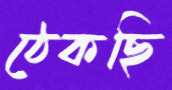
ঠেকছি